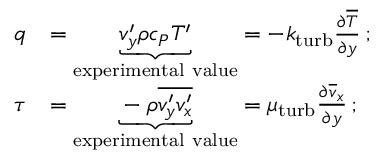
{ \begin{array} { r l } { q } & { = \underbrace { v _ { y } ^ { \prime } \rho c _ { P } T ^ { \prime } } _ { \mathrm { e x p e r i m e n t a l ~ v a l u e } } = - k _ { \mathrm { t u r b } } { \frac { \partial { \overline { { T } } } } { \partial y } } \, ; } \\ { \tau } & { = \underbrace { - \rho { \overline { { v _ { y } ^ { \prime } v _ { x } ^ { \prime } } } } } _ { \mathrm { e x p e r i m e n t a l ~ v a l u e } } = \mu _ { \mathrm { t u r b } } { \frac { \partial { \overline { { v } } } _ { x } } { \partial y } } \, ; } \end{array} }